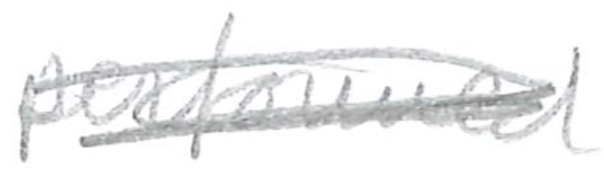
Text: performed
Cross-out: scratch
Writing tool: pencil